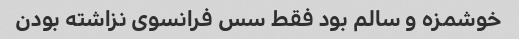
خوشمزه و سالم بود فقط سس فرانسوی نزاشته بودن